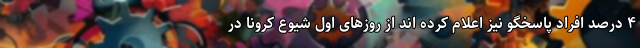
۴ درصد افراد پاسخگو نیز اعلام کرده­ اند از روزهای اول شیوع کرونا در